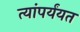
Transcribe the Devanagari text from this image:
त्यांपर्यंयत